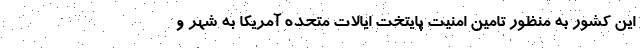
این کشور به منظور تامین امنیت پایتخت ایالات متحده آمریکا به شهر و